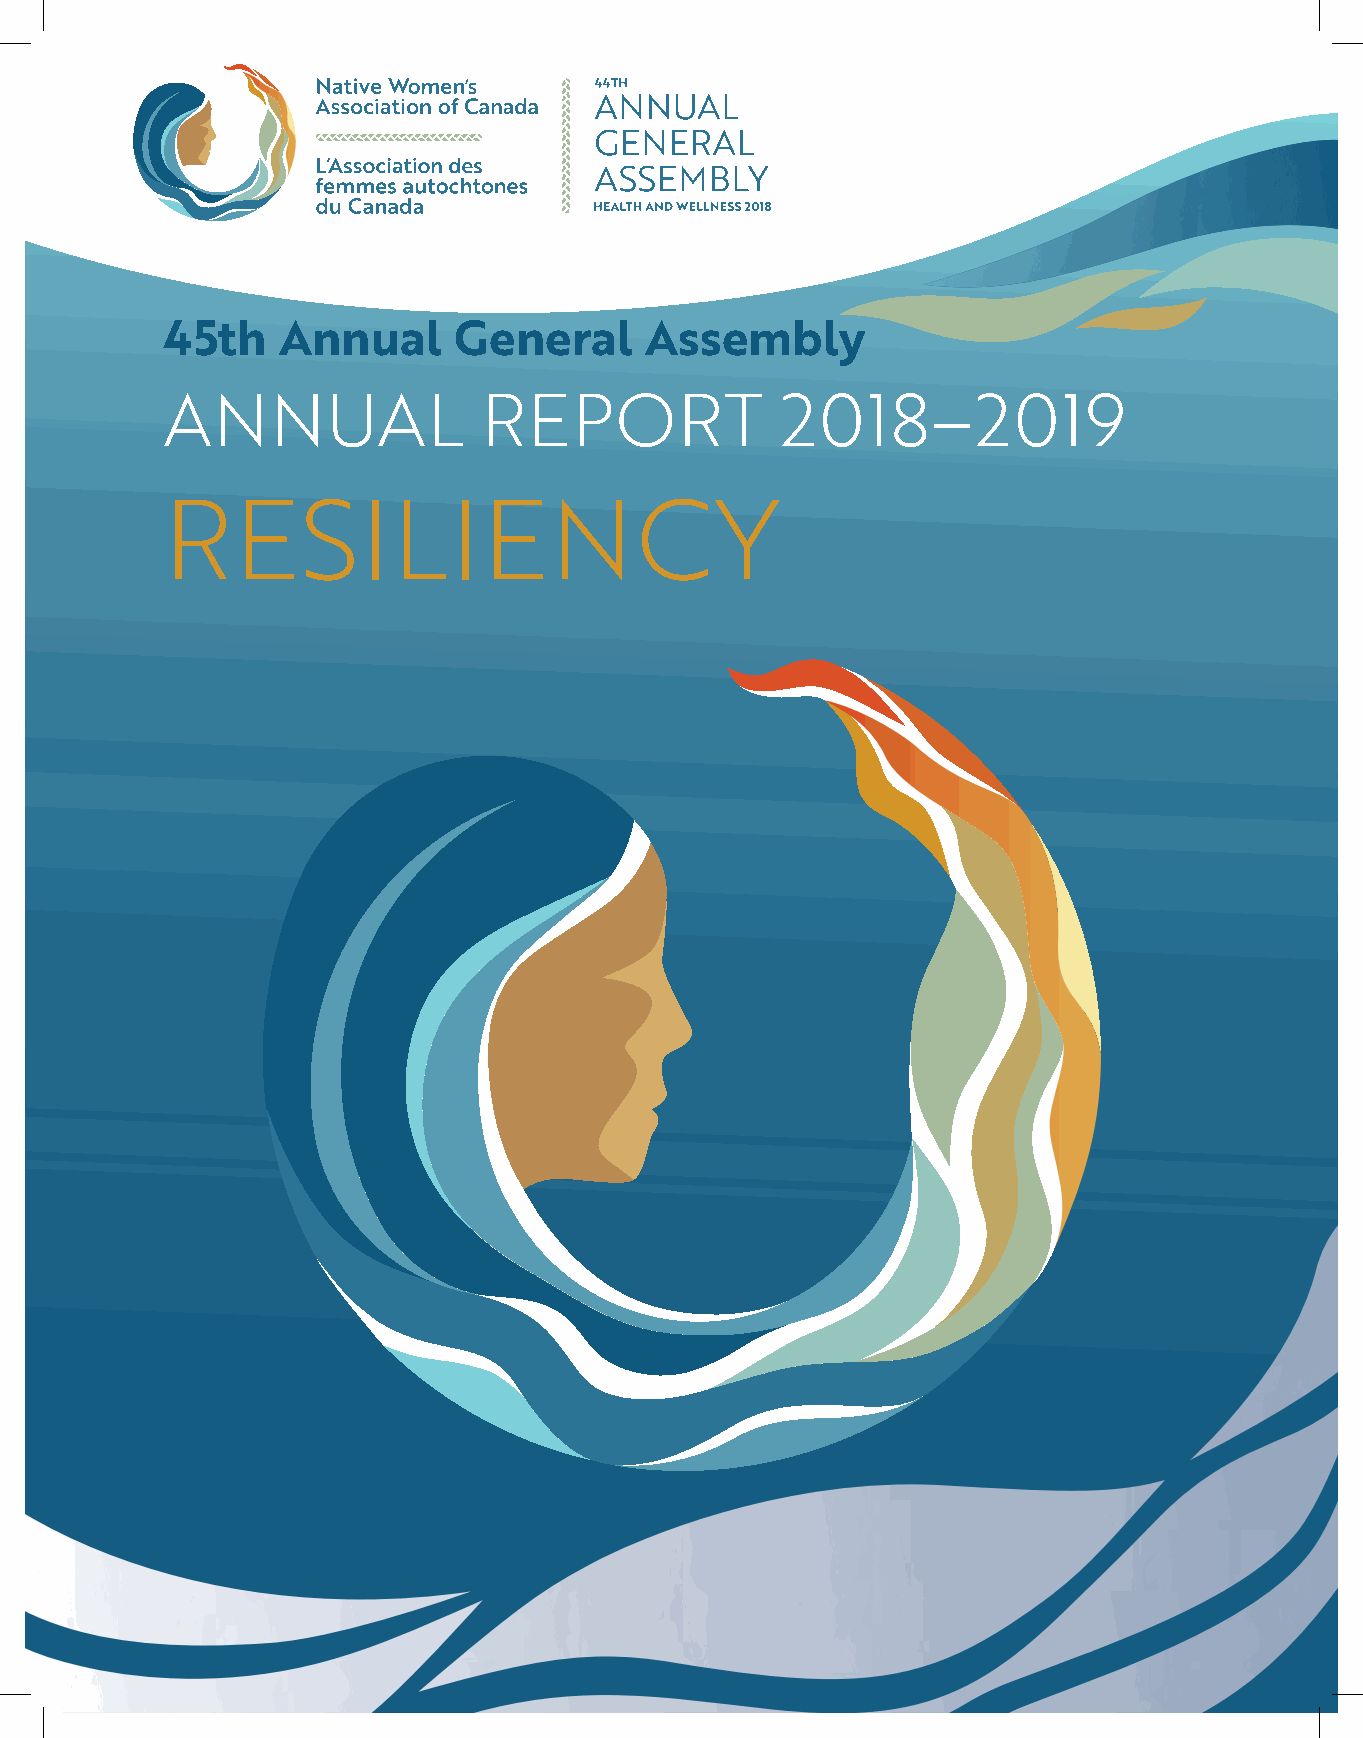
45th   Annual      General      Assembly
 ANNUAL               REPORT              2018–2019
 RESILIENCY